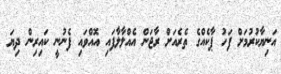
އަނިޔާކުރުމަށް ފަހު ޕާކެއްގެ ތެރެއަށް ރާޖަން އެއްލާލާފައި އޮއްވައި ފެނުނީ ކައިރިން ދިޔަ